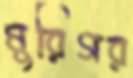
মুরিগর